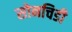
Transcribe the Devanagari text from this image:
सोनचिडी